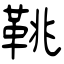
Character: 鞉